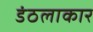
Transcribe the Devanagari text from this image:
डंठलाकार